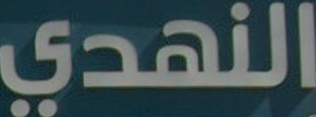
النهدي